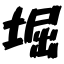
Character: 堀